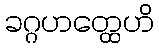
ခဂ္ဂဟတ္ထေဟိ